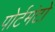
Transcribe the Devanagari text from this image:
पोर्टमंटो